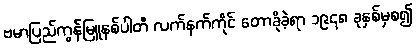
ဗမာပြည်ကွန်မြူနစ်ပါတီ လက်နက်ကိုင် တောခိုခဲ့ရာ ၁၉၄၈ ခုနှစ်မှစ၍